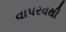
વાપરવથી